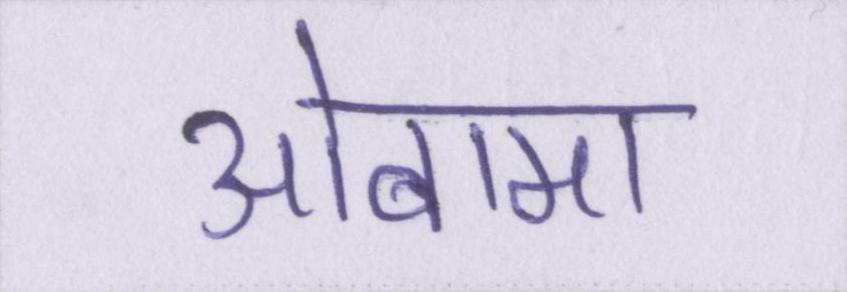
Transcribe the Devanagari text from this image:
ओबामा